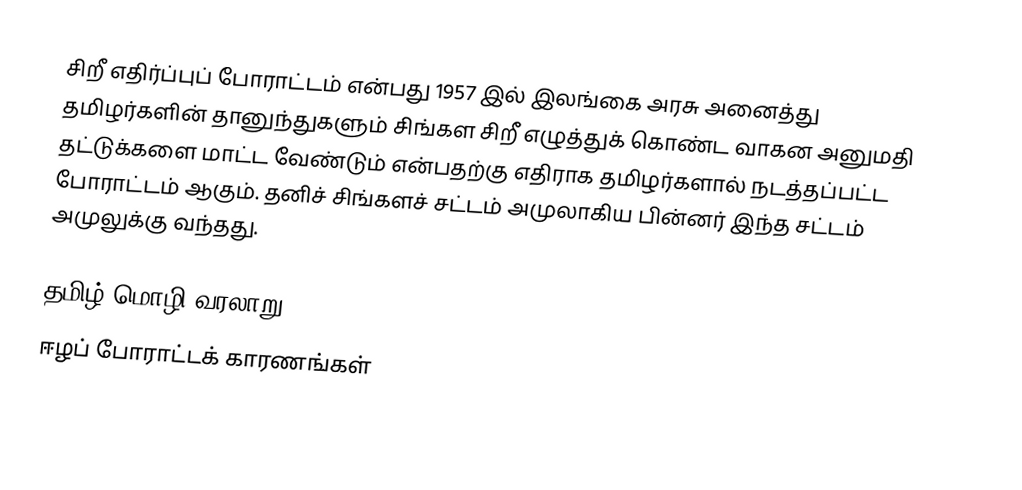
சிறீ எதிர்ப்புப் போராட்டம் என்பது 1957 இல் இலங்கை அரசு அனைத்து தமிழர்களின் தானுந்துகளும் சிங்கள சிறீ எழுத்துக் கொண்ட வாகன அனுமதி தட்டுக்களை மாட்ட வேண்டும் என்பதற்கு எதிராக தமிழர்களால் நடத்தப்பட்ட போராட்டம் ஆகும். தனிச் சிங்களச் சட்டம் அமுலாகிய பின்னர் இந்த சட்டம் அமுலுக்கு வந்தது.

தமிழ் மொழி வரலாறு
ஈழப் போராட்டக் காரணங்கள்